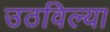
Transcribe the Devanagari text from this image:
उठविल्या